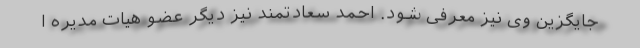
جایگزین وی نیز معرفی شود. احمد سعادتمند نیز دیگر عضو هیات مدیره ا